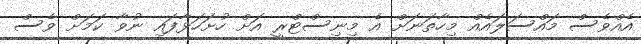
އެއްވެސް މައްސަލައެއް މިހާތަނަށް އެ މިނިސްޓްރީ އަށް ހުށަހަޅާފައި ނުވާ ކަމަށް ވެސް